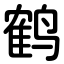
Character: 鹤